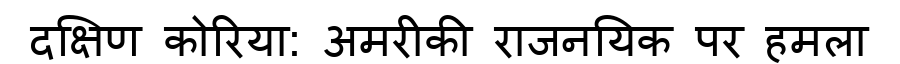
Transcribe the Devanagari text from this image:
दक्षिण कोरिया: अमरीकी राजनयिक पर हमला